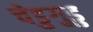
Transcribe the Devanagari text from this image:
चेडुगुडु